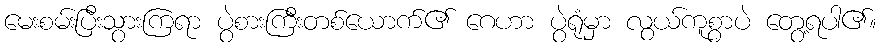
မေးစမ်းပြီးသွားကြရာ ပွဲစားကြီးတစ်ယောက်၏ ဂေဟာ ပွဲရုံမှာ လွယ်ကူစွာပဲ တွေ့ရပါ၏။